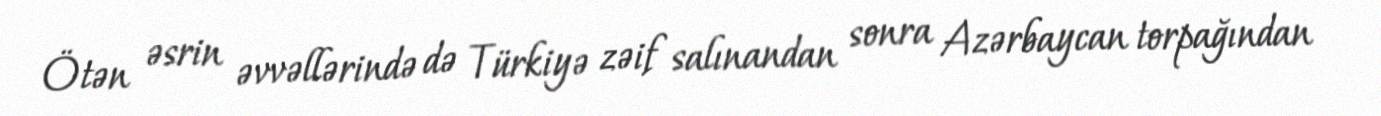
Ötən əsrin əvvəllərində də Türkiyə zəif salınandan sonra Azərbaycan torpağından